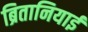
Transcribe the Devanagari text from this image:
ब्रितानियाई